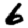
Digit: 6